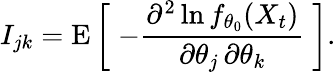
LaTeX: I_{jk}=\operatorname{E}{\bigg[}\; {-{\frac{\partial^{2}\ln f_{\theta_{0}}(X_{t})}{\partial\theta_{j}\, \partial\theta_{k}}}}\; {\bigg]}.